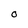
Character: O